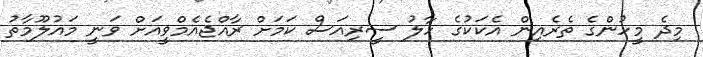
މިދެ މީހުންގެ ތެރެއިން އެކަކުގެ ހާލު ސީރިއަސް ކަމަށް ރާއްޖެއެމްވީއަށް ވަނީ މައުލޫމާތު